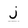
Character: j